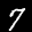
Label: 7